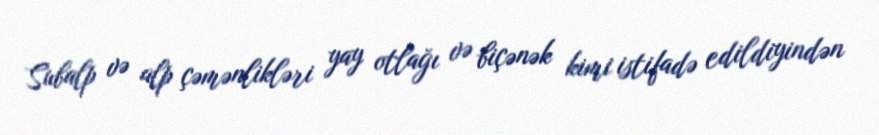
Subalp və alp çəmənlikləri yay otlağı və biçənək kimi istifadə edildiyindən